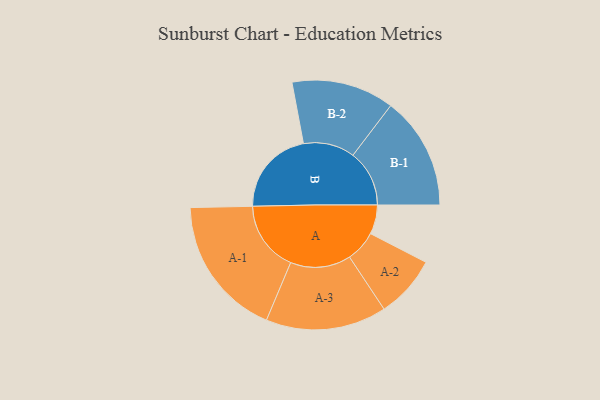
{"axis": {"x": "Segment", "y": "Value"}, "legend": ["", "A", "B"], "data": [{"x": "A", "y": 103, "type": ""}, {"x": "B", "y": 304, "type": ""}, {"x": "A-1", "y": 249, "type": "A"}, {"x": "A-2", "y": 110, "type": "A"}, {"x": "A-3", "y": 213, "type": "A"}, {"x": "B-1", "y": 199, "type": "B"}, {"x": "B-2", "y": 181, "type": "B"}]}